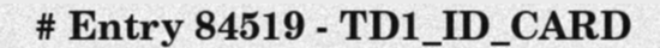
# Entry 84519 - TD1_ID_CARD